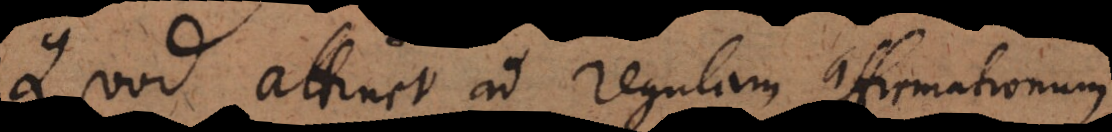
Quod attinet ad regulam affirmationum